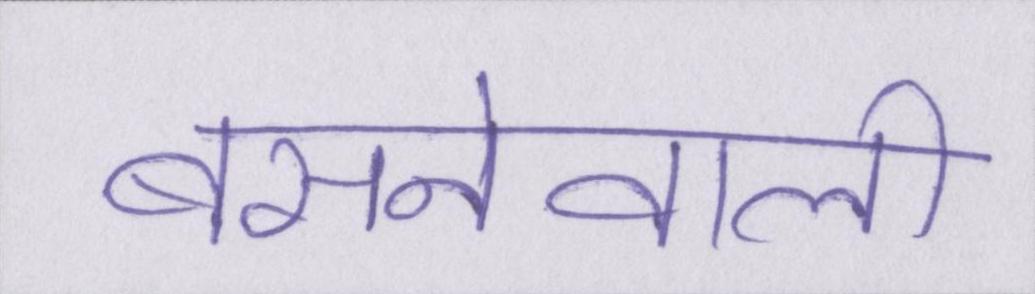
बसनेवाली